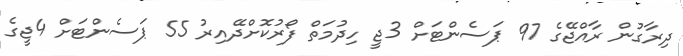
ދިރާގުން ރާއްޖޭގެ 97 ޕަސެންޓަށް 3ޖީ ހިދުމަތް ފޯރުކޮށްދޭއިރު 55 ޕަސެންޓަށް 4ޖީގެ